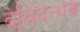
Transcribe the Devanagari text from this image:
देविंदत्थव